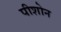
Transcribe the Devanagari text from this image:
पीशोन